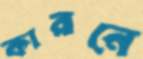
কারনে